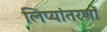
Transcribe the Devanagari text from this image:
लिप्यांतरणों